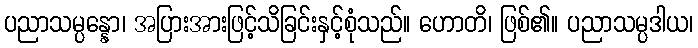
ပညာသမ္ပန္နော၊ အပြားအားဖြင့်သိခြင်းနှင့်စုံသည်။ ဟောတိ၊ ဖြစ်၏။ ပညာသမ္ပဒါယ၊